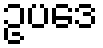
ဥပဒေ